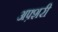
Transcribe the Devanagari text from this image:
अफ़्शरी